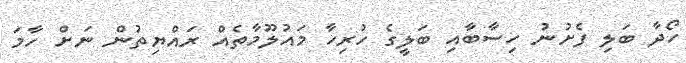
ހޯދާ ބަލި ފެށުނު ހިސާބާއި ބަލީގެ ހުރިހާ މައުލޫމާތެއް ރައްޔިތުން ނަށް ހާމަ